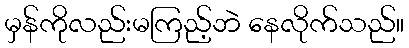
မှန်ကိုလည်းမကြည့်ဘဲ နေလိုက်သည်။